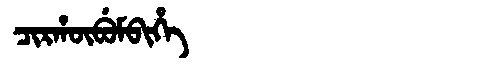
Manchu: ᠴᡳᡵᡥᡡᠪᡠᠮᠪᡳᡥᡝ
Romanization: CIRHŪBUMBIHE